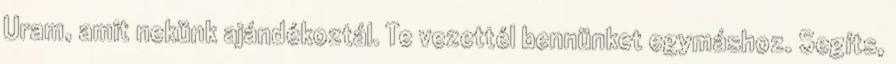
Uram, amit nekünk ajándékoztál. Te vezettél bennünket egymáshoz. Segíts,